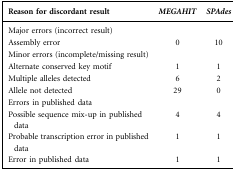
<table><thead><tr><td><b>Reason for discordant result</b></td><td><b><i>MEGAHIT</i></b></td><td><b><i>SPAdes</i></b></td></tr></thead><tbody><tr><td>Major errors (incorrect result)</td><td></td><td></td></tr><tr><td>Assembly error</td><td>0</td><td>10</td></tr><tr><td>Minor errors (incomplete/missing result)</td><td></td><td></td></tr><tr><td>Alternate conserved key motif</td><td>1</td><td>1</td></tr><tr><td>Multiple alleles detected</td><td>6</td><td>2</td></tr><tr><td>Allele not detected</td><td>29</td><td>0</td></tr><tr><td>Errors in published data</td><td></td><td></td></tr><tr><td>Possible sequence mix-up in published data</td><td>4</td><td>4</td></tr><tr><td>Probable transcription error in published data</td><td>1</td><td>1</td></tr><tr><td>Error in published data</td><td>1</td><td>1</td></tr></tbody></table>